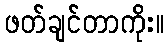
ဖတ်ချင်တာကိုး။